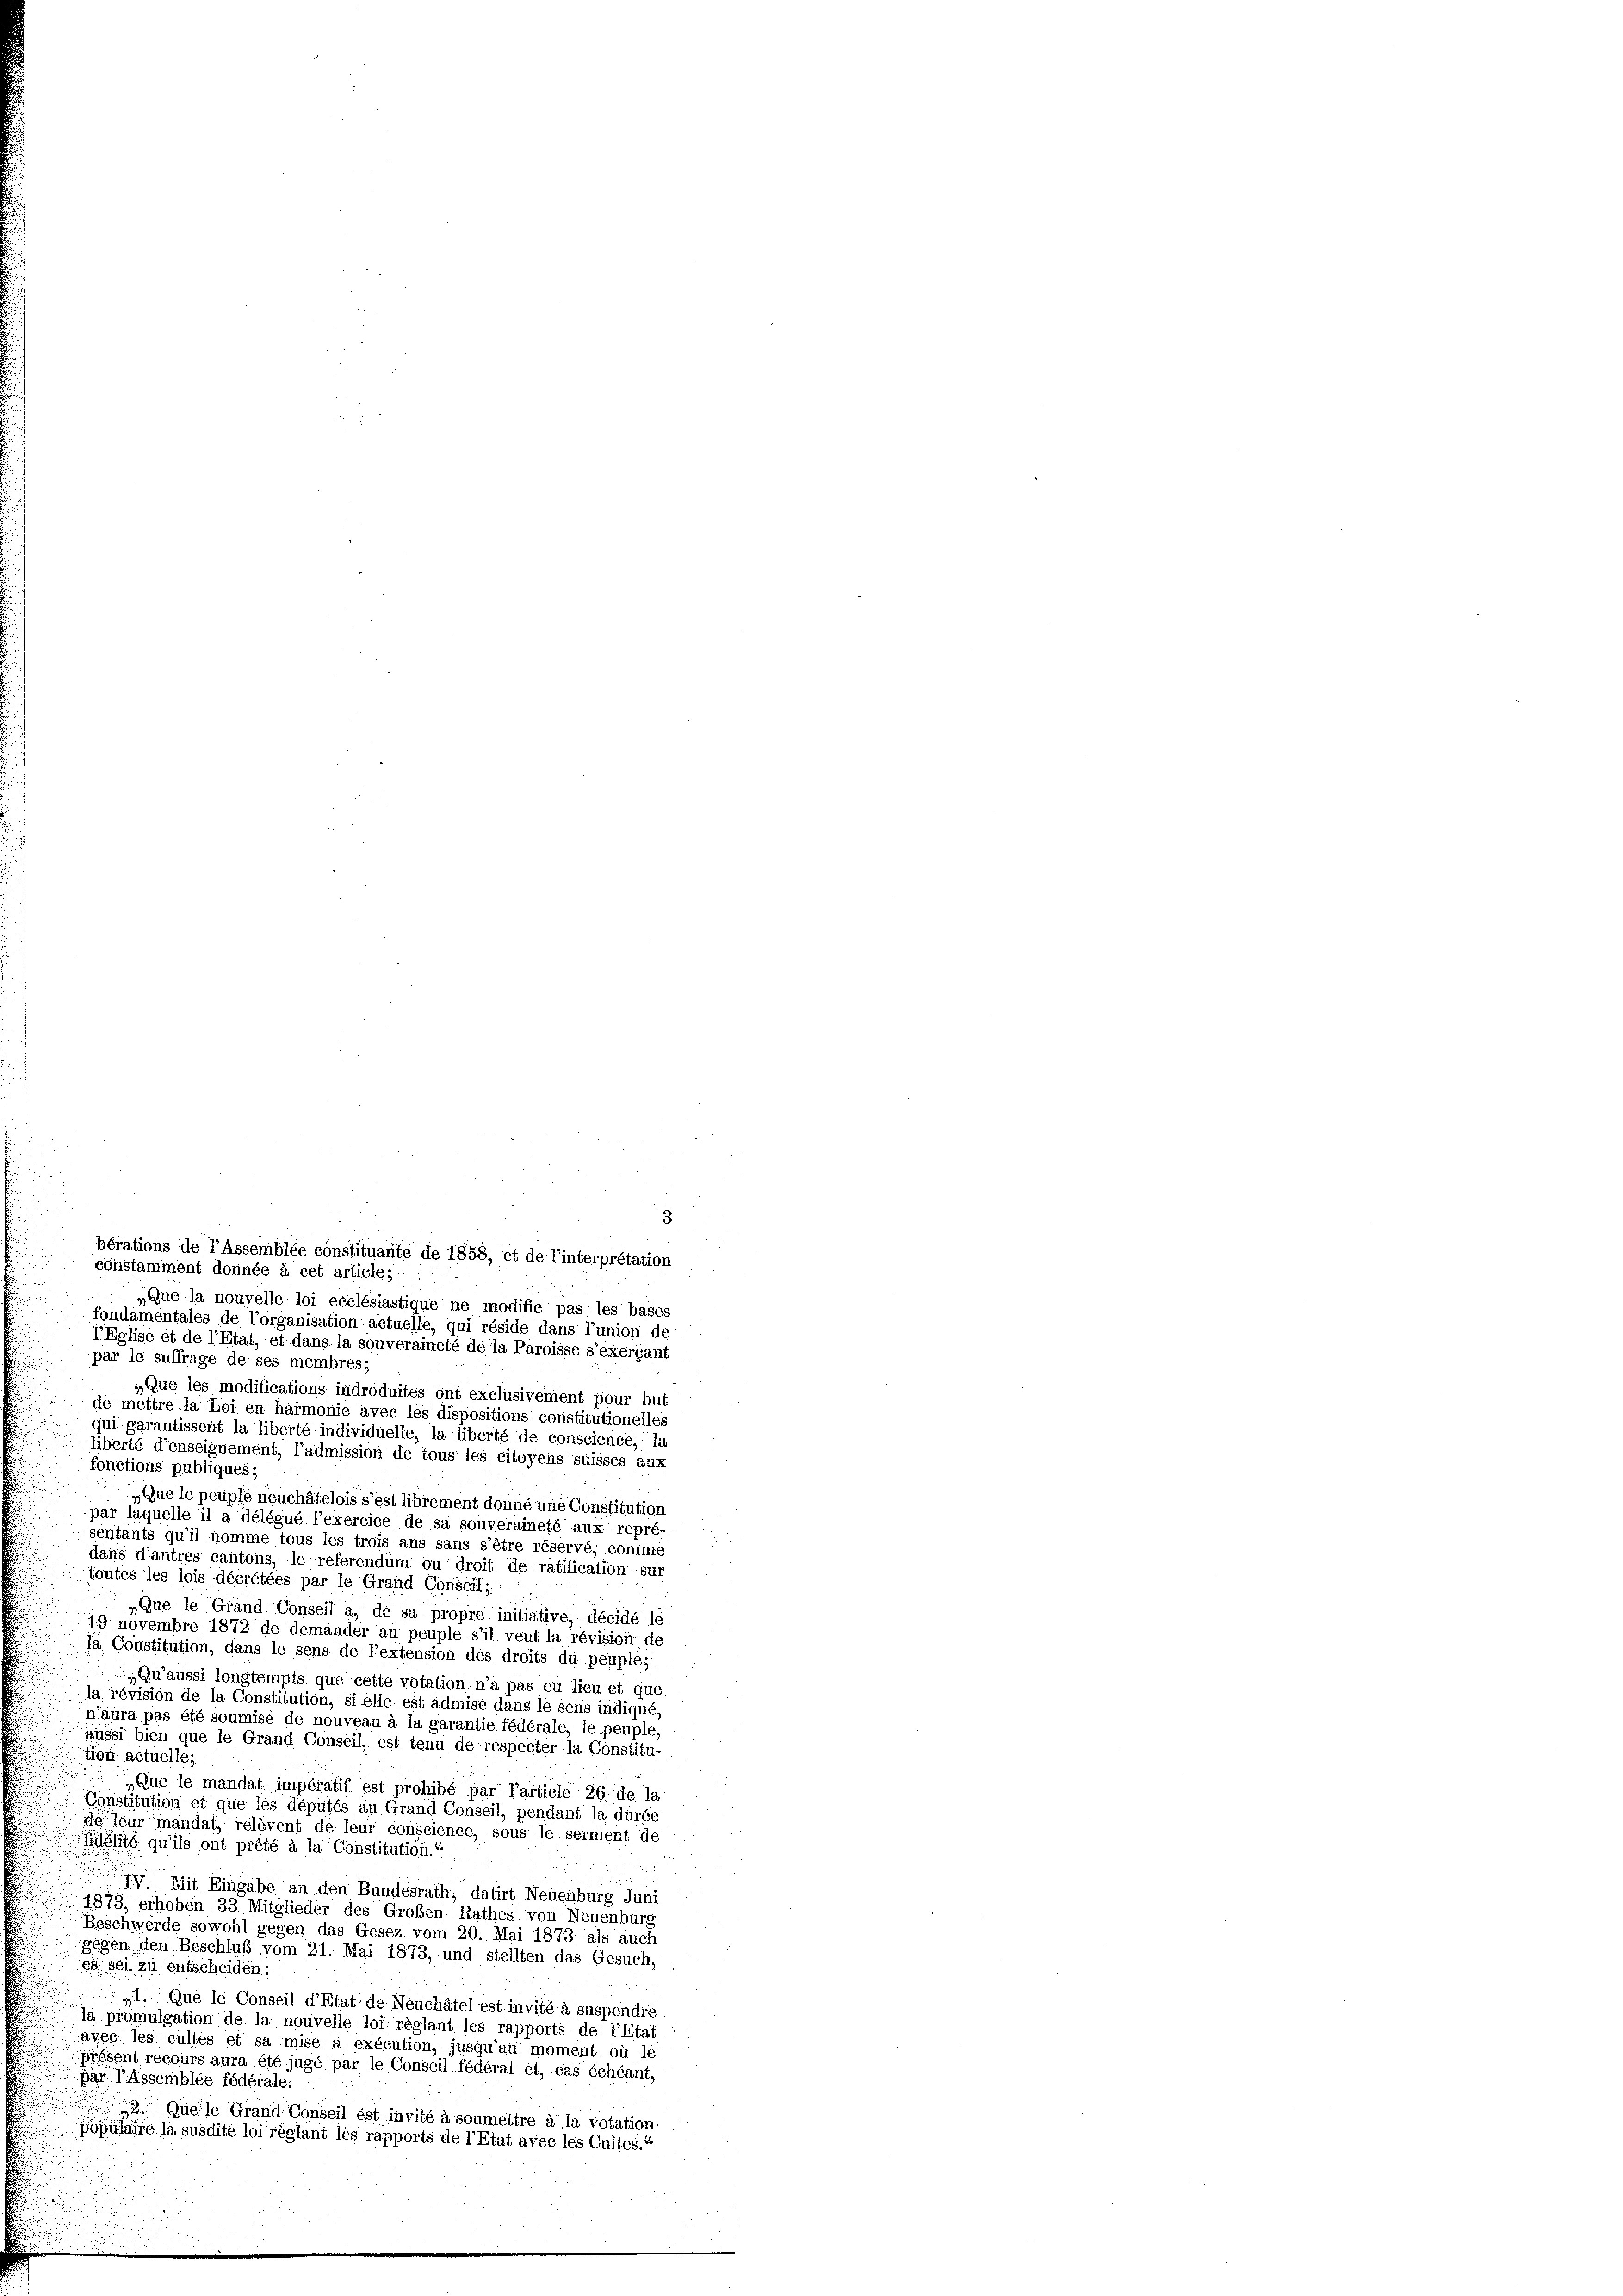
„Que la nouvelle loi ecclésiastique ne modifie pas les bases
fondamentales de l’organisation actuelle, qui réside dans l’union de
1’ Eglise et de l’Etat, et dans la souveraineté de la Paroisse s’exergant
„Que les modifications indroduites ont exclusivement pour but
de mettre la Loi en harmonie avec les dispositions constitutionelles
qui garantissent la liberté individuelle, la liberté de conscience, la
liberté d’enseignement, l’admission de tous les citoyens suisses aux
fonctions publiques;
„Que le peuple neuchâtelois s’est librement donné une Constitution
par laquelle il a délégué l’exercice de sa souveraineté aux repré-
sentants qu’il nomme tous les trois ans sans s’être réservé, comme
dans d’antres cantons, le referendum ou droit de ratification sur
toutes les lois décrétées par le Grand Conseili
„Que le Grand Conseil a. de sa propre initiative, décidé le
19 novembre 1872 de demander au peuple s’il veut la révision de
ja Constitution, dans le sens de l’extension des droits du peuple,
Quaussi longtempts que cette votation n’a pas eu lieu et que
la révision de la Constitution, si elle est admise dans le sens indiqué
n’aura pas été soumise de nouveau à la garantie fédérale, le peuple,
aussi bien que le Grand Conseil, est tenu de respecter la Constitu-
tion actuelle;
„Que le mandat impératif est prohibé par l’article 26. de la
Constitution et que les députés au Grand Conseil, pendant la dürfe
de leur mandat, rélèvent de leur conscience, sous le serment de
Fdélité qu’ils ont prété à la Constitution.“
IV. Mit Eingabe an den Bundesrath; datirt Neuenburg Juni
1873, erhoben 33 Mitglieder des Großen Rathes von Neuenburg
Beschwerde sowohl gegen das Gesez vom 20. Mai 1873 als auch
gegen den Beschluß vom 21. Mai 1873, und stellten das Gesuch-
ed sei zu entscheiden:
„1. Que le Conseil d’Etat de Neuchâtel est invité à suspendre
la promulgation de la nouvelle loi réglant les rapports de l’Etat
avec les cultes et sa mise à exécution, jusqu’au moment où le
présent recours aura été jugé par le Conseil fédéral et, cas échéant,
par lassemblée fédérale.
2. Quelle Grand Conseil est invité à soumettre à la votation.
Populaire la susdité loi règlant les rapports de l’Etat avec les Cultes.“

constamment donnée à cet article;
par le suffrage de ses membres;

bérations de l’Assemblée constituante de 1858, et de l’interpretation